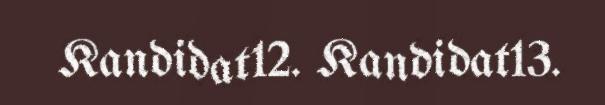
Kandidat12. Kandidat13.